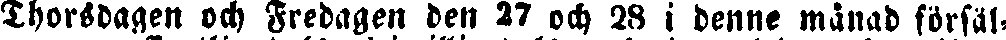
Thorsdagen och Fredagen den 27 och 28 i denne månad försal-